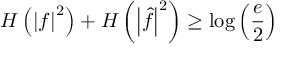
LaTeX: H \left( \left| f \right| ^ { 2 } \right) + H \left( \left| { \hat { f } } \right| ^ { 2 } \right) \geq \log \left( { \frac { e } { 2 } } \right)